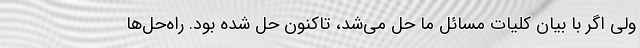
ولی اگر با بیان کلیات مسائل ما حل می‌شد، تاکنون حل شده بود. راه‌حل‌ها